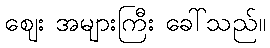
ဈေး အများကြီး ခေါ်သည်။